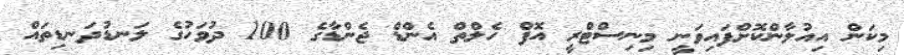
މިކަން އިއުލާންކޮށްފައިވަނީ މިނިސްޓްރީ އޮފް ހެލްތް އެންޑް ޖެންޑާގެ 100 ދުވަހުގެ ލަނޑުދަނޑިތައް